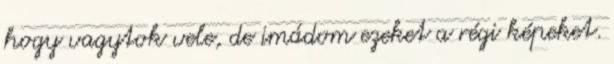
hogy vagytok vele, de imádom ezeket a régi képeket.